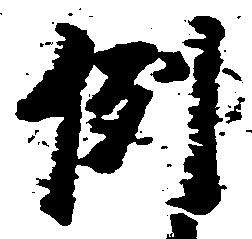
例